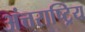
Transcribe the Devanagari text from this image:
अंत्तराष्ट्रिय